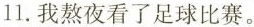
11.我熬夜看了足球比赛。